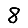
Digit: 8